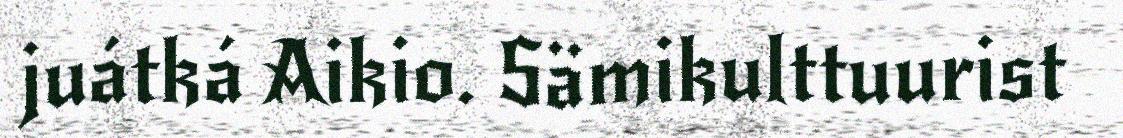
juátká Aikio. Sämikulttuurist